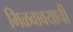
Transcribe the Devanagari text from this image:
मिळवावयाची